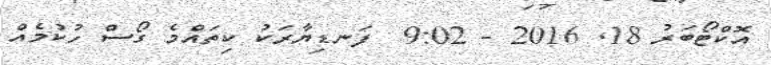
އޮކްޓޯބަރު 18